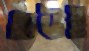
তাউই